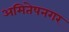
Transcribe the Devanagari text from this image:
अमितेषनगर